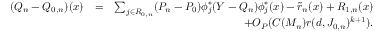
\begin{array} { r l r } { ( Q _ { n } - Q _ { 0 , n } ) ( x ) } & { = } & { \sum _ { j \in { \cal R } _ { 0 , n } } ( P _ { n } - P _ { 0 } ) \phi _ { j } ^ { * } ( Y - { Q _ { n } } ) \phi _ { j } ^ { * } ( x ) - \tilde { r } _ { n } ( x ) + R _ { 1 , n } ( x ) } \\ & { } & { + O _ { P } ( C ( M _ { n } ) r ( d , J _ { 0 , n } ) ^ { k + 1 } ) . } \end{array}